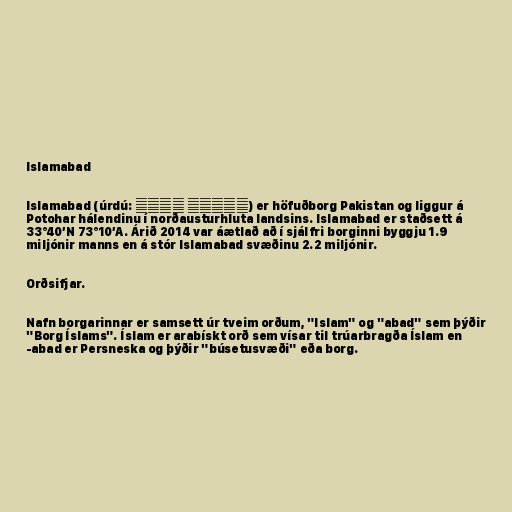
Islamabad

Islamabad (úrdú: اسلام آباد) er höfuðborg Pakistan og liggur á
Potohar hálendinu í norðausturhluta landsins. Islamabad er staðsett á
33°40′N 73°10′A. Árið 2014 var áætlað að í sjálfri borginni byggju 1.9
miljónir manns en á stór Islamabad svæðinu 2.2 miljónir.

Orðsifjar.

Nafn borgarinnar er samsett úr tveim orðum, "Islam" og "abad" sem þýðir
"Borg Íslams". Íslam er arabískt orð sem vísar til trúarbragða Íslam en
-abad er Persneska og þýðir "búsetusvæði" eða borg.